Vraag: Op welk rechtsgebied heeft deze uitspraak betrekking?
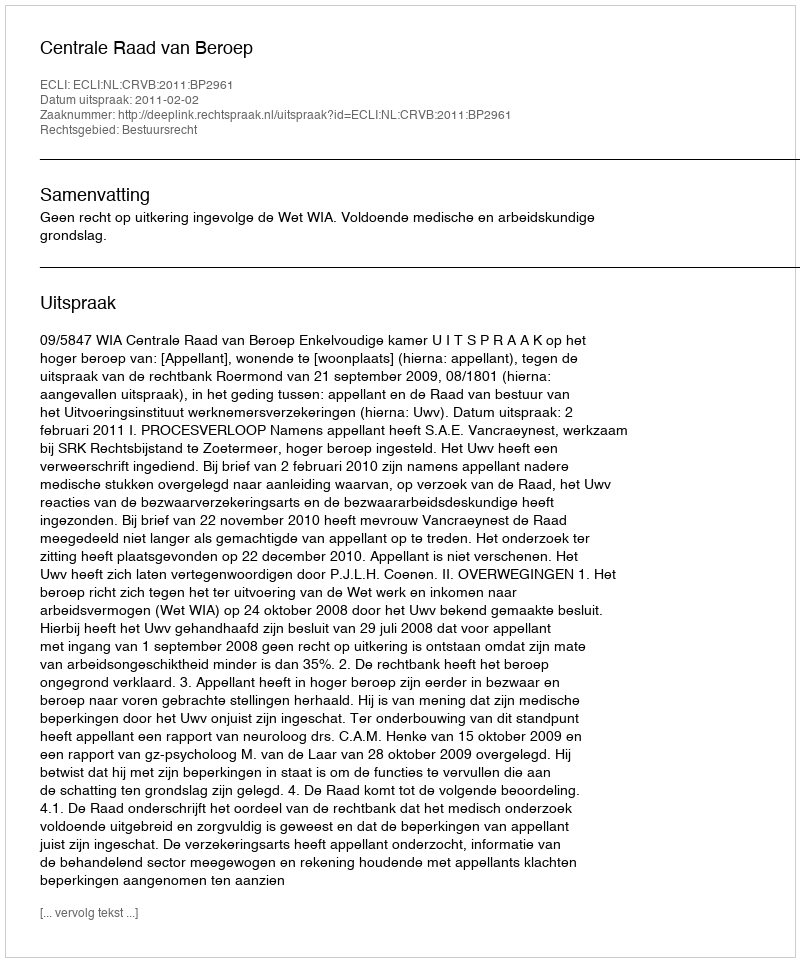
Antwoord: Bestuursrecht